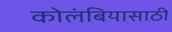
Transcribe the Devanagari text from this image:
कोलंबियासाठी